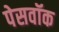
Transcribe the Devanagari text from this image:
पेसवॉक